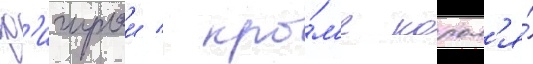
ф'игурои / кро́м'е корол'я́